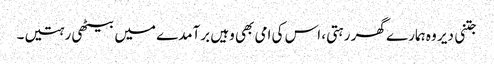
جتنی دیر وہ ہمارے گھر رہتی، اس کی امی بھی وہیں برآمدے میں بیٹھی رہتیں۔